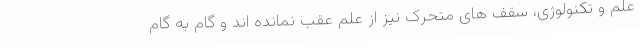
علم و تکنولوژی، سقف های متحرک نیز از علم عقب نمانده اند و گام به گام